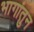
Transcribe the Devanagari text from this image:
भागांतुन